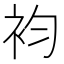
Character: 袀